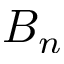
B _ { n }